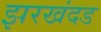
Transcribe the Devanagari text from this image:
झरखंदड